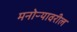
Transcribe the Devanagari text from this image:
मनोऱ्यावरील